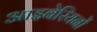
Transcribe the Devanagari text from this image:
आइबेरियनों